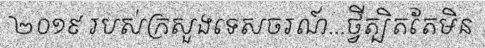
២០១៩ របស់ក្រសួងទេសចរណ៍...ថ្វីត្បិតតែមិន